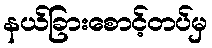
နယ်ခြားစောင့်တပ်မှ